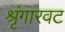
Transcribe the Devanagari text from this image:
श्रृंगारवट